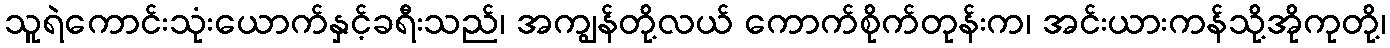
သူရဲကောင်းသုံးယောက်နှင့်ခရီးသည်၊ အကျွန်တို့လယ် ကောက်စိုက်တုန်းက၊ အင်းယားကန်သို့အိုကုတို့၊